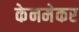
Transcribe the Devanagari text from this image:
केनमेकर